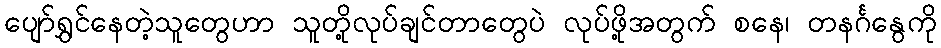
ပျော်ရွှင်နေတဲ့သူတွေဟာ သူတို့လုပ်ချင်တာတွေပဲ လုပ်ဖို့အတွက် စနေ၊ တနင်္ဂနွေကို